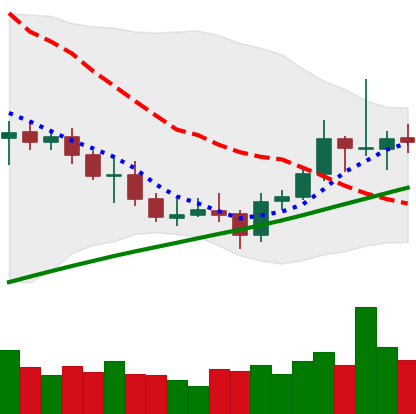
Ticker: ETC-USD
Chart end date: 2021-07-28
Forward return: 4.48%
Label: up_3_5